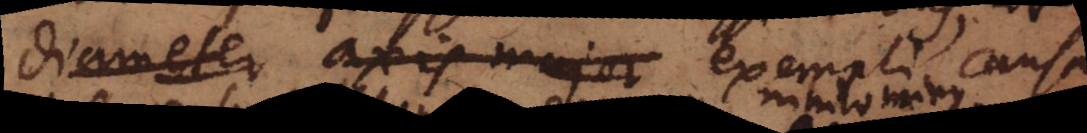
diameter axis majopr exempli causa